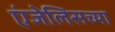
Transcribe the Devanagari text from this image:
एंजेलिसच्या